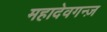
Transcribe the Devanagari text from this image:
महादेवगन्ज़